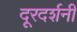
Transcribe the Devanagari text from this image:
दूरदर्शनी